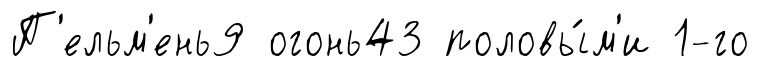
П'ельм'ень9 огонь43 половы́м'и 1-го